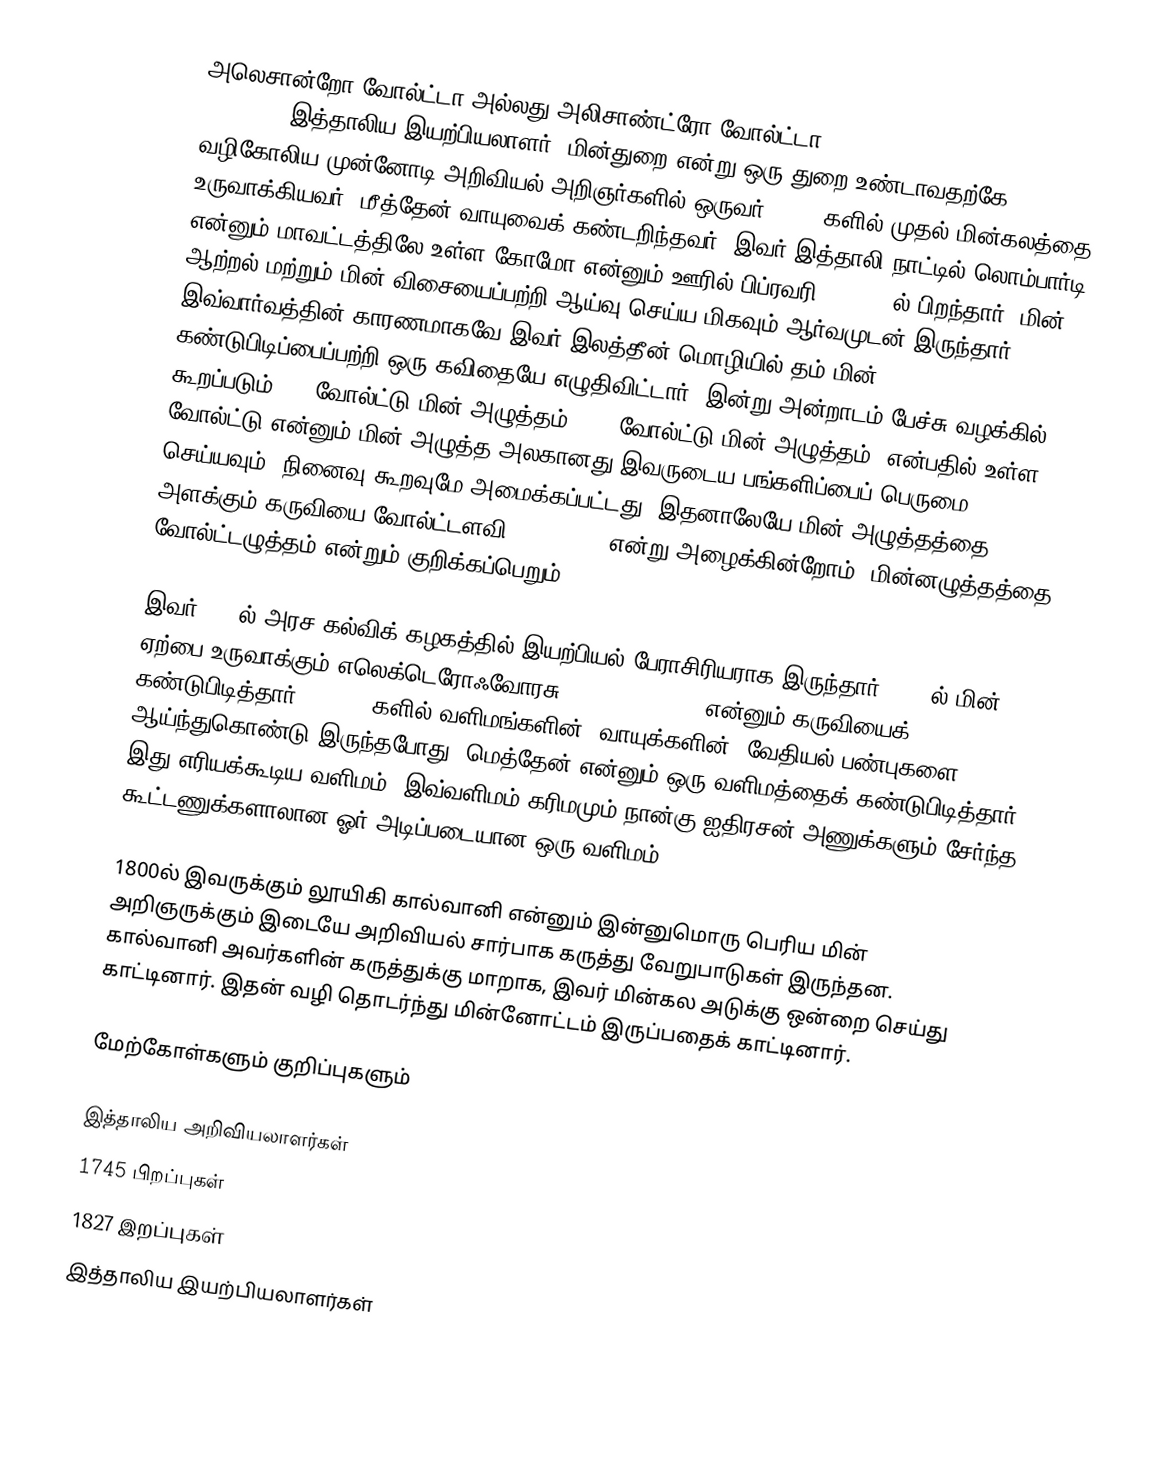
அலெசான்றோ வோல்ட்டா அல்லது அலிசாண்ட்ரோ வோல்ட்டா(Alessandro Volta: 1745-1827)இத்தாலிய இயற்பியலாளர். மின்துறை என்று ஒரு துறை உண்டாவதற்கே வழிகோலிய முன்னோடி அறிவியல் அறிஞர்களில் ஒருவர். 1800 களில் முதல் மின்கலத்தை உருவாக்கியவர். மீத்தேன் வாயுவைக் கண்டறிந்தவர். இவர்  இத்தாலி நாட்டில் லொம்பார்டி என்னும் மாவட்டத்திலே உள்ள கோமோ என்னும் ஊரில் பிப்ரவரி 18, 1745ல் பிறந்தார். மின் ஆற்றல் மற்றும் மின் விசையைப்பற்றி ஆய்வு செய்ய மிகவும் ஆர்வமுடன் இருந்தார். இவ்வார்வத்தின் காரணமாகவே இவர் இலத்தீன் மொழியில் தம் மின் கண்டுபிடிப்பைப்பற்றி ஒரு கவிதையே எழுதிவிட்டார். இன்று அன்றாடம் பேச்சு வழக்கில் கூறப்படும் 110 வோல்ட்டு மின் அழுத்தம், 230 வோல்ட்டு மின் அழுத்தம், என்பதில் உள்ள வோல்ட்டு என்னும் மின் அழுத்த அலகானது இவருடைய பங்களிப்பைப் பெருமை செய்யவும், நினைவு கூறவுமே அமைக்கப்பட்டது. இதனாலேயே மின் அழுத்தத்தை அளக்கும் கருவியை வோல்ட்டளவி(Voltmeter) என்று அழைக்கின்றோம். மின்னழுத்தத்தை வோல்ட்டழுத்தம் என்றும் குறிக்கப்பெறும்.

இவர் 1774ல் அரச கல்விக் கழகத்தில் இயற்பியல் பேராசிரியராக இருந்தார். 1775ல் மின் ஏற்பை உருவாக்கும் எலெக்டெரோஃவோரசு (electrophorus) என்னும் கருவியைக் கண்டுபிடித்தார். 1776-77களில் வளிமங்களின் (வாயுக்களின்) வேதியல் பண்புகளை ஆய்ந்துகொண்டு இருந்தபோது, மெத்தேன் என்னும் ஒரு வளிமத்தைக் கண்டுபிடித்தார். இது எரியக்கூடிய வளிமம். இவ்வளிமம் கரிமமும் நான்கு ஐதிரசன் அணுக்களும் சேர்ந்த கூட்டணுக்களாலான ஓர் அடிப்படையான ஒரு வளிமம்.

1800ல் இவருக்கும் லூயிகி கால்வானி என்னும் இன்னுமொரு பெரிய மின் அறிஞருக்கும் இடையே அறிவியல் சார்பாக கருத்து வேறுபாடுகள் இருந்தன. கால்வானி அவர்களின் கருத்துக்கு மாறாக, இவர் மின்கல அடுக்கு ஒன்றை செய்து காட்டினார். இதன் வழி தொடர்ந்து மின்னோட்டம் இருப்பதைக் காட்டினார்.

மேற்கோள்களும் குறிப்புகளும்

இத்தாலிய அறிவியலாளர்கள்
1745 பிறப்புகள்
1827 இறப்புகள்
இத்தாலிய இயற்பியலாளர்கள்